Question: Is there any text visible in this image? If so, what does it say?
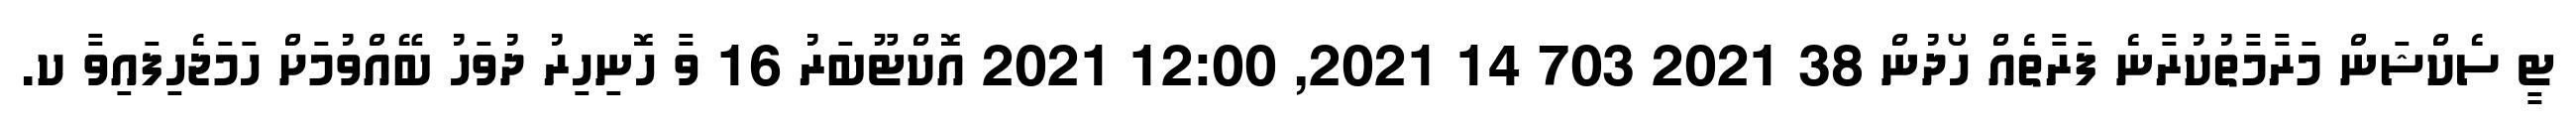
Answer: ޓީ ސެކްޝަން މަރާމާތުކުރާނެ ފަރާތެއް ހޯދުން 38 2021 703 14 2021, 12:00 2021 އޮކްޓޫބަރު 16 ވާ ހޮނިހިރު ދުވަހު ބޭއްވުމަށް ހަމަޖެހިފައިވާ ކ.